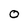
Character: 0